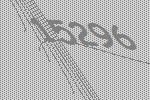
15296